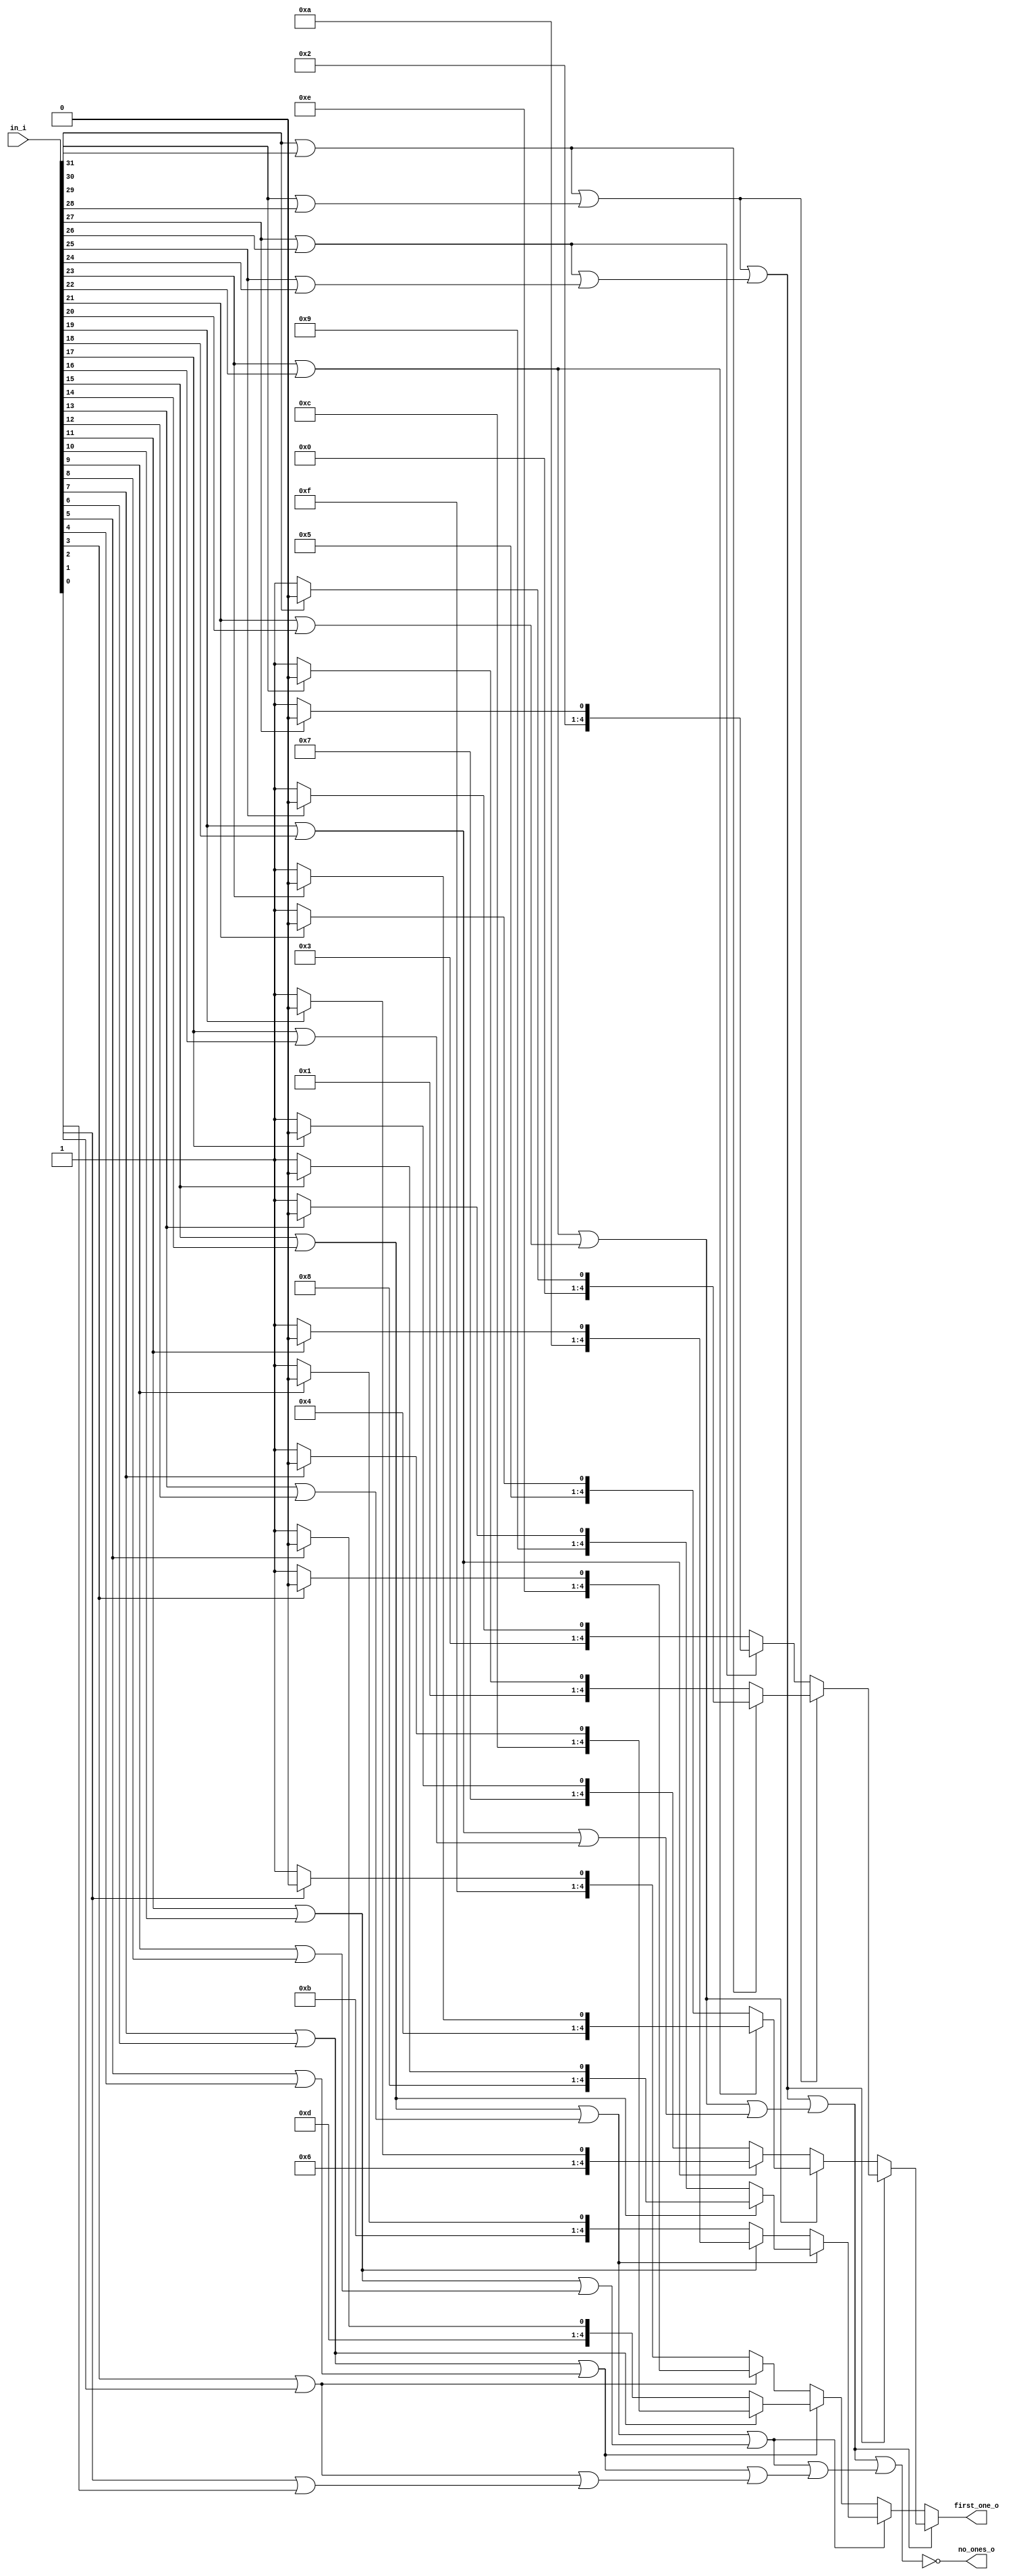
module fpu_ff 
#(
  parameter LEN = 32
)
(
	in_i,
	first_one_o,
	no_ones_o
);
	//parameter LEN = 32;
	input wire [LEN - 1:0] in_i;
	output wire [$clog2(LEN) - 1:0] first_one_o;
	output wire no_ones_o;
	localparam NUM_LEVELS = $clog2(LEN);
	wire [(LEN * NUM_LEVELS) - 1:0] index_lut;
	wire [(2 ** NUM_LEVELS) - 1:0] sel_nodes;
	wire [((2 ** NUM_LEVELS) * NUM_LEVELS) - 1:0] index_nodes;
	wire [LEN - 1:0] in_flipped;
	genvar j;
	generate
		for (j = 0; j < LEN; j = j + 1) begin : genblk1
			assign index_lut[j * NUM_LEVELS+:NUM_LEVELS] = $unsigned(j);
			assign in_flipped[j] = in_i[(LEN - j) - 1];
		end
	endgenerate
	genvar k;
	genvar l;
	genvar level;
	generate
		for (level = 0; level < NUM_LEVELS; level = level + 1) begin : genblk2
			if (level < (NUM_LEVELS - 1)) begin : genblk1
				for (l = 0; l < (2 ** level); l = l + 1) begin : genblk1
					assign sel_nodes[((2 ** level) - 1) + l] = sel_nodes[((2 ** (level + 1)) - 1) + (l * 2)] | sel_nodes[(((2 ** (level + 1)) - 1) + (l * 2)) + 1];
					assign index_nodes[(((2 ** level) - 1) + l) * NUM_LEVELS+:NUM_LEVELS] = (sel_nodes[((2 ** (level + 1)) - 1) + (l * 2)] == 1'b1 ? index_nodes[(((2 ** (level + 1)) - 1) + (l * 2)) * NUM_LEVELS+:NUM_LEVELS] : index_nodes[((((2 ** (level + 1)) - 1) + (l * 2)) + 1) * NUM_LEVELS+:NUM_LEVELS]);
				end
			end
			if (level == (NUM_LEVELS - 1)) begin : genblk2
				for (k = 0; k < (2 ** level); k = k + 1) begin : genblk1
					if ((k * 2) < (LEN - 1)) begin : genblk1
						assign sel_nodes[((2 ** level) - 1) + k] = in_flipped[k * 2] | in_flipped[(k * 2) + 1];
						assign index_nodes[(((2 ** level) - 1) + k) * NUM_LEVELS+:NUM_LEVELS] = (in_flipped[k * 2] == 1'b1 ? index_lut[(k * 2) * NUM_LEVELS+:NUM_LEVELS] : index_lut[((k * 2) + 1) * NUM_LEVELS+:NUM_LEVELS]);
					end
					if ((k * 2) == (LEN - 1)) begin : genblk2
						assign sel_nodes[((2 ** level) - 1) + k] = in_flipped[k * 2];
						assign index_nodes[(((2 ** level) - 1) + k) * NUM_LEVELS+:NUM_LEVELS] = index_lut[(k * 2) * NUM_LEVELS+:NUM_LEVELS];
					end
					if ((k * 2) > (LEN - 1)) begin : genblk3
						assign sel_nodes[((2 ** level) - 1) + k] = 1'b0;
						assign index_nodes[(((2 ** level) - 1) + k) * NUM_LEVELS+:NUM_LEVELS] = 1'sb0;
					end
				end
			end
		end
	endgenerate
	assign first_one_o = index_nodes[0+:NUM_LEVELS];
	assign no_ones_o = ~sel_nodes[0];
endmodule